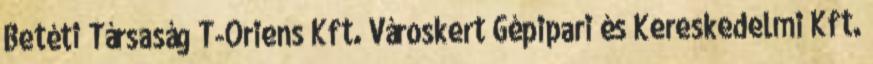
Betéti Társaság T-Oriens Kft. Városkert Gépipari és Kereskedelmi Kft.